Calcutta medical institutions reports 1892-1900
Year: 1892
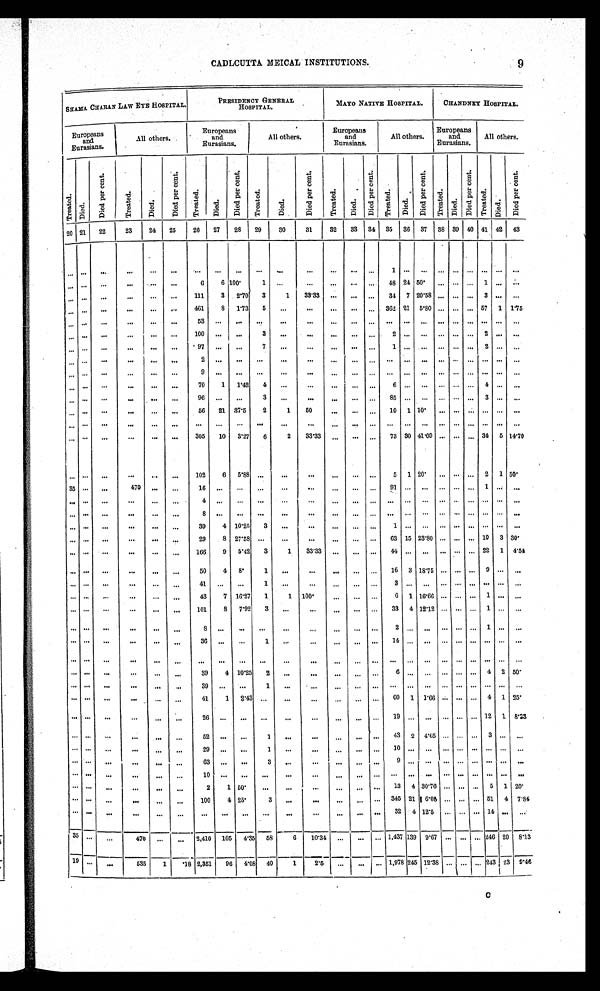
CADLCUTTA MEICAL INSTITUTIONS.
SHAMA CHARAN LAW EYE HOSPITAL.
PRESIDENCY GENERAL
HOSPITAL.
MAYO NATIVE HOSPITAL.
CHANDNEY HOSPITAL.
Europeans
and
Eurasians.
All others.
Europeans
and
Eurasians.
All others.
Europeans
and
Eurasians.
All others.
Europeans
and
Eurasians.
All others.
T r e a t e d .
Di ed.
Di e d p e r c e n t .
Treated.
Died.
Di e d p e r c e n t .
T r e a t e d .
Died.
D i e d p e r c e n t .
T r e a t e d .
Died.
D i e d p e r c e n t .
Tr eat ed.
D i e d .
D i e d p e r c e n t .
T r e a t e d .
Died.
Di e d p e r c e n t .
T r e a t e d .
D i e d .
D i e d p e r c e n t .
Tr eat ed.
Died.
Di e d p e r c e n t .
20
2 1 22
23
24
25
26
27
28
29
30
31
32
33
34
35
36 37
3 8
3 9
4 0
41
42 43
. . .
. . .. . .
. . .
. . .
. . .
. . .
. . .. . .
. . .. . .
. . .
. . .
. . .
. . .
1 . . .. . .
. . .
. . .
. . .. . . . . . . . .
. . .
. . .
. . .
. . .
. . .
. . .
6
6 100.
1
. . .
. . .
. . .
. . .
. . .
4 8 2450.
. . .
. . .
. . .1
. . . . . .
. . .
. . . . . .
. . .
. . .
. . .
1 1 1
3
2.70
3
1
3 3 . 3 3
. . .
. . .
. . .
3 4
7
20.58 . . .
. . .
. . .
3
. . . . . .
. . . . . . . . .
. . .
. . .
. . .
4 6 1
8
1.73
5
. . .
. . . . . .
. . .
. . .
3 6 2
21 5.80
. . .
. . .
. . .57
1 1.75
. . . . . . . . .
. . .
. . .
. . .
5 3
. . .
. . .
. . .
. . .
. . .
. . .
. . .
. . .
. . .. . . . . .
. . .
. . .
. . .. . . . . . . . .
. . .
. . .
. . .
. . .
. . .
. . .
1 0 0
. . .
. . .
3
. . .
. . .
. . .
. . .
. . .
2 . . . . . .
. . .
. . .
. . .2
. . . . . .
. . . . . . . . .
. . .
. . .
. . .
9 7
. . .
. . .
7
. . .
. . .
. . .
. . .
. . .
1 . . . . . .
. . .
. . .
. . .2
. . . . . .
. . . . . . . . .
. . .
. . .
. . .
2
. . .. . .
. . . . . .
. . .
. . .
. . .
. . .
. . .. . . . . .
. . .
. . .
. . .. . . . . . . . .
. . . . . . . . .
. . .
. . .
. . .
9
. . .. . .
. . .
. . .
. . .
. . .
. . .
. . .
. . .. . . . . .
. . .
. . .
. . .. . . . . . . . .
. . . . . . . . .
. . .
. . .
. . .
7 0
1
1.42
4
. . .
. . .
. . .
. . .
. . .
6 . . . . . .
. . .
. . .
. . .4
. . . . . .
. . . . . . . . .
. . .
. . .
. . .
9 6
. . .
. . .
3
. . .
. . .
. . .
. . .
. . .
8 5
. . . . . .
. . .
. . .
. . .
3
. . . . . .
. . . . . . . . .
. . .
. . .
. . .
5 6
2 1
37.5
2
1
5 0
. . .
. . .
. . .
1 0
1
10.
. . .
. . .
. . . . . .
. . . . . .
. . . . . . . . .
. . .
. . .
. . .
. . .
. . .
. . .
. . .
. . .
. . .
. . .
. . .
. . .
. . . . . . . . .
. . .
. . .. . . . . . . . . . . .
. . . . . . . . .
. . .
. . .
. . .
3 0 5
1 0
3.27
6
2
3 3 . 3 3
. . .
. . .
. . .
7 3
30 41.09 . . .
. . .
. . . 34
5
14.70
. . . . . . . . .
. . .
. . .
. . .
1 0 2
6
5.88 . . .
. . .
. . .
. . .
. . .
. . .
5
1
20.
. . .
. . .
. . . 2
1
50.
3 5 . . .
. . .
4 7 0 . . .
. . .
1 6
. . . . . .
. . .
. . .
. . .
. . .
. . .
. . .
9 1
. . . . . .
. . .
. . .. . . 1
. . . . . .
. . . . . .
. . .
. . .
. . .
. . .
4
. . . . . .
. . .
. . .
. . .
. . .
. . .
. . .
. . . . . . . . .
. . .
. . .. . . . . . . . . . . .
. . . . . .
. . . . . .
. . .
. . .
8
. . . . . .
. . .
. . .
. . . . . .
. . .
. . .
. . . . . . . . .
. . .
. . .. . . . . . . . . . . .
. . . . . .
. . .
. . .
. . .
. . .
3 9
4
10.25
3
. . .
. . .
. . .
. . .
. . .
1 . . . . . .
. . .
. . .. . . . . . . . . . . .
. . . . . .
. . .
. . .
. . .
. . .
2 9
8
27.58 . . .
. . .
. . .
. . .
. . .
. . .
6 3 15 23.80 . . .
. . .. . . 10
3 30.
. . . . . .
. . .
. . .
. . .
. . .
1 6 6
9
5.42
3
1
3 3 . 3 3
. . .
. . .
. . .
4 4 . . . . . .
. . .
. . .. . . 22 1 4.54
. . . . . .
. . .
. . .
. . .
. . .
5 0
4
8.
1
. . .
. . .
. . .
. . .
. . .
1 6
3 18.75 . . .
. . .
. . . 9
. . . . . .
. . . . . .
. . .
. . .
. . .
. . .
4 1 . . .
. . .
1
. . .
. . . . . .
. . .
. . .
3 . . . . . .
. . .
. . .. . . . . . . . . . . .
. . . . . .
. . . . . .
. . .
. . .
4 3
7
16.27
1
1
1 0 0 .
. . .
. . .
. . .
6
1 16.66 . . . . . . . . . 1
. . . . . .
. . . . . .
. . .
. . . . . .
. . .
1 0 1
8
7.92
3
. . .
. . . . . .
. . .
. . .
3 3
4 12.12 . . . . . . . . . 1
. . . . . .
. . . . . .
. . .
. . . . . .
. . .
8
. . .
. . .
. . .
. . .
. . .
. . .
. . . . . .
2 . . . . . .
. . .
. . .. . . 1
. . . . . .
. . . . . .
. . .
. . . . . .
. . .
3 6
. . .
. . .
1
. . .
. . .
. . .
. . .
. . .
1 4 . . . . . .
. . .
. . .. . . . . . . . . . . .
. . . . . .
. . .
. . . . . .
. . .
. . .
. . .. . .
. . . . . .
. . . . . .
. . .
. . .
. . . . . . . . .
. . .
. . .. . . . . . . . . . . .
. . . . . .
. . .
. . . . . .
. . .
3 9
4 10.25
2
. . .
. . .
. . .
. . .
. . .
6 . . .
. . . . . . . . . . . . 4
2 50.
. . . . . .
. . .
. . .
. . .
. . .
3 9
. . .
. . .
1
. . .
. . .
. . .
. . . . . .
. . . . . .
. . . . . .
. . .. . . . . . . . . . . .
. . . . . .
. . .
. . .
. . .
. . .
4 1
1
2.43 . . .
. . .
. . .
. . .
. . . . . .
6 0
1
1.66 . . . . . . . . . 4
1 25.
. . . . . .
. . .
. . .
. . .
. . .
2 6
. . .
. . .
. . .
. . .
. . .
. . .
. . . . . .
1 9 . . .
. . . . . . . . . . . . 12
1 8.<i l l egi l e>3
. . .. . .
. . .
. . .
. . .
. . .
5 2
. . .
. . .
1
. . .
. . .
. . .
. . . . . .
4 3
2
4.65 . . . . . . . . .
3 . . .
. . .
. . .. . .
. . .
. . .
. . .
. . .
2 9
. . .
. . .
1
. . .
. . .
. . .
. . . . . .
1 0 . . . . . . . . .
. . .. . . . . . . . .
. . .
. . . . . .
. . .
. . .
. . .
. . .
6 3
. . .
. . .
3
. . .
. . .
. . .
. . . . . .
9
. . . . . . . . .
. . .. . . . . . . . .
. . .
. . .. . .
. . .
. . .
. . .
. . .
1 0
. . . . . .
. . .
. . .
. . .
. . .
. . . . . .
. . . . . . . . . . . .
. . .. . . . . . . . .
. . .
. . . . . .
. . .
. . .
. . .
. . .
2
1 50.
. . .
. . .
. . .
. . .
. . . . . .
1 3
4 30.76 . . . . . . . . .
5
1 20.
. . .. . .
. . .
. . .
. . .
. . .
1 0 0
4 25.
3
. . .
. . .
. . .
. . . . . .
3 4 5 21 6.08
. . . . . . . . . 51
4
7.84
. . .
. . .
. . .
. . .
. . .
. . .
. . .
. . .. . .
. . .
. . .
. . .
. . .
. . . . . .
3 2
4 12.5
. . .
. . .
. . .
14 . . .
. . .
3 5
. . .
. . .
4 7 0 . . .
. . .
2 , 4 1 0
1 0 5
4.35
5 8
6
1 0 . 3 4
. . .
. . .
. . .
1 , 4 3 7 139
9.67
. . .
. . . . . . 246 20
8.13
1 9
. . .
. . .
5 3 5
1
. 1 8
2 , 3 5 1
9 6
4.08
4 0
1
2 . 5
. . .
. . .
. . .
1 , 9 7 8
245
12.38
. . .
. . .
. . . 243 23
9.46
9